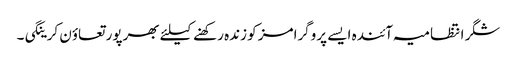
شگر انتظامیہ آئندہ ایسے پروگرامز کو زندہ رکھنے کیلئے بھرپور تعاؤن کرینگی۔